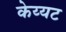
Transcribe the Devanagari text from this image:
केय्यट